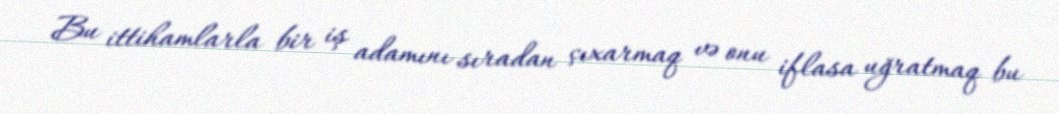
Bu ittihamlarla bir iş adamını sıradan çıxarmaq və onu iflasa uğratmaq bu